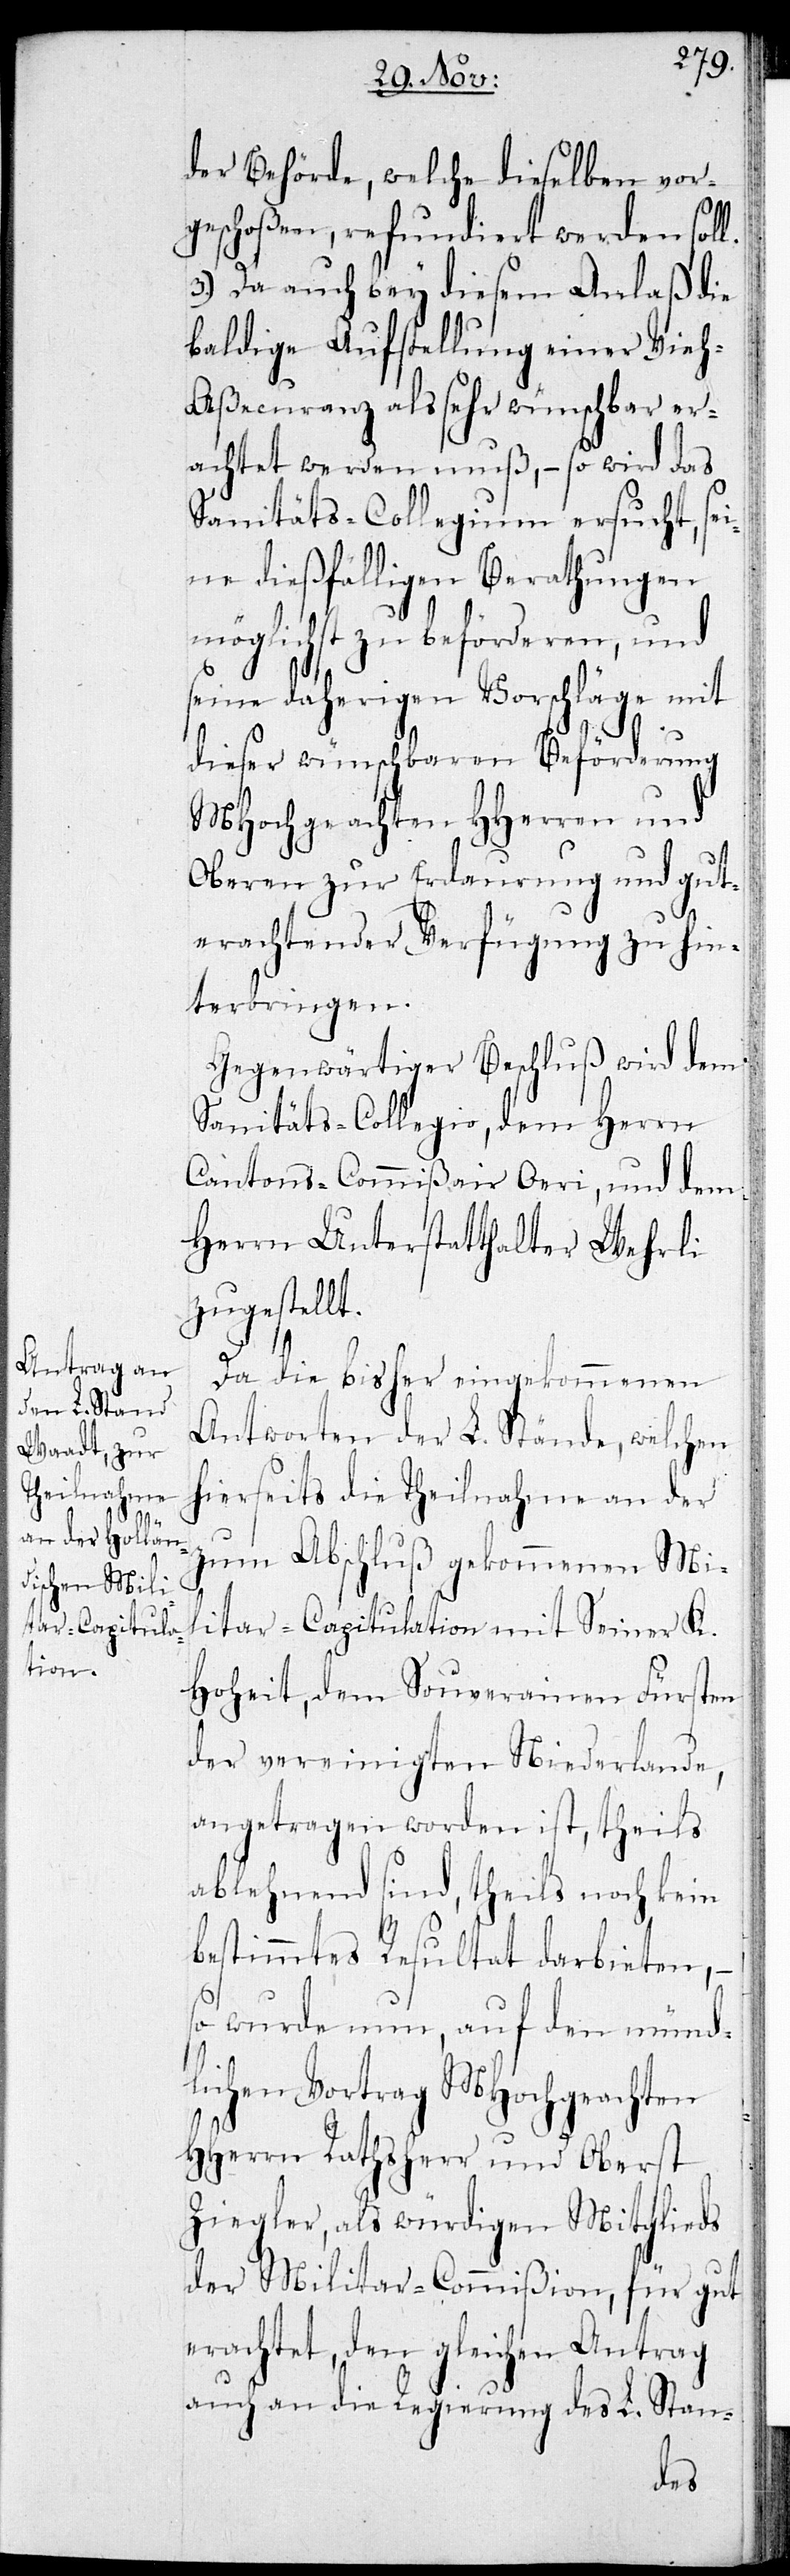
der Behörde, welche dieselben vor¬
geschoßen, refundiert werden soll.
3.) Da auch bey diesem Anlaß die
baldige Aufstellung einer Vie¬
h-Aßecuranz als sehr wünschbar er¬
achtet werden muß, – so wird das
Sanitäts-Collegium ersucht, se¬
ine dießfälligen Berathungen
möglichst zu beförderen, und
seine daherigen Vorschläge mit
dieser wünschbaren Beförderung
MHochgeachten HHerren und
Oberen zur Erdaurung und gut
erachtender Verfügung zu hin¬
terbringen.
Gegenwärtiger Beschluß wird dem
Sanitäts-Collegio, dem Herrn
Cantons-Commißair Oeri, und dem
Herrn Unterstatthalter Wehrli
zugestellt.
Da die bisher eingekommenen
Antworten der L. Stände, welche
hierseits die Theilnahme an der
zum Abschluß gekommenen Mi¬
litar-Capitulation mit Seiner K.
Hoheit, dem Souverainen Fürsten
der vereinigten Niederlande,
angetragen worden ist, theils
ablehnend sind, theils noch kein
bestimmtes Resultat darbieten, –
so wurde nun, auf den münd¬
lichen Vortrag MHochgeachten
HHerren Rathsherr und Oberst
Ziegler, als würdigen Mitglieds
der Militar-Commißion, für gut
erachtet, den gleichen Antrag
auch an die Regierung des L. Stan-